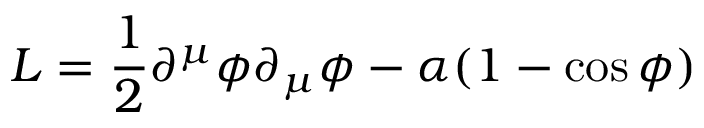
{ \cal L } = \frac { 1 } { 2 } \partial ^ { \mu } \phi \partial _ { \mu } \phi - \alpha ( 1 - \cos \phi )